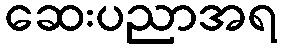
ဆေးပညာအရ